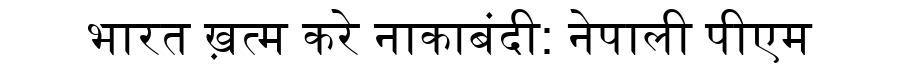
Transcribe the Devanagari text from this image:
भारत ख़त्म करे नाकाबंदी: नेपाली पीएम